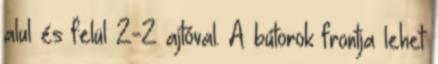
alul és felül 2-2 ajtóval. A bútorok frontja lehet